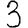
Digit: 3